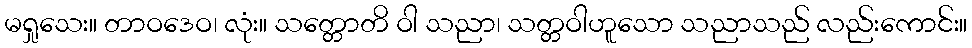
မရှုသေး။ တာဝဒေဝ၊ လုံး။ သတ္တောတိ ဝါ သညာ၊ သတ္တဝါဟူသော သညာသည် လည်းကောင်း။